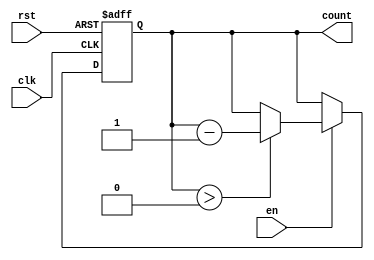
module down_counter #(
    parameter N = 8 // Define the bit-width for the counter (e.g., 8 bits for a maximum count of 255)
)(
    input wire clk,      // Clock signal
    input wire rst,      // Asynchronous reset signal
    input wire en,       // Enable signal to decrement the counter
    output reg [N-1:0] count // Current count value output
);

    // Initialization of the counter
    initial begin
        count = N; // Set the initial count value to maximum (N)
    end

    // Asynchronous reset and counting logic
    always @(posedge clk or posedge rst) begin
        if (rst) begin
            count <= N; // Reset the counter to maximum value
        end else if (en) begin
            if (count > 0) begin
                count <= count - 1; // Decrement the counter
            end
            // Optionally, you can handle underflow here if needed
            // else begin
            //     count <= N; // Wrap around to maximum value if desired
            // end
        end
    end

endmodule